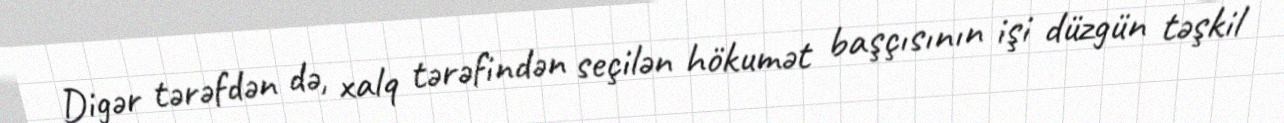
Digər tərəfdən də, xalq tərəfindən seçilən hökumət başçısının işi düzgün təşkil